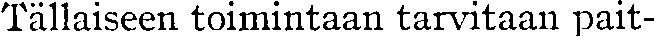
Tällaiseen toimintaan tarvitaan pait-